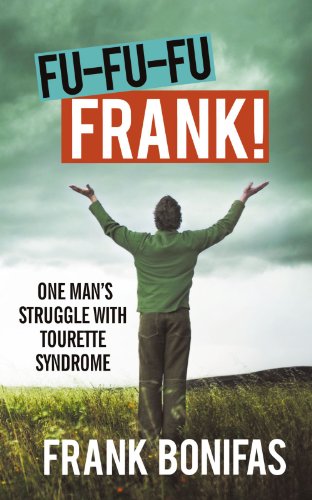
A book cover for Fu-Fu-Fu-Frank!: One ManEES Struggle With Tourette Syndrome; Frank Bonifas; Health, Fitness & Dieting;